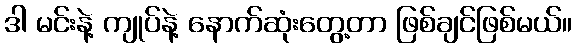
ဒါ မင်းနဲ့ ကျုပ်နဲ့ နောက်ဆုံးတွေ့တာ ဖြစ်ချင်ဖြစ်မယ်။